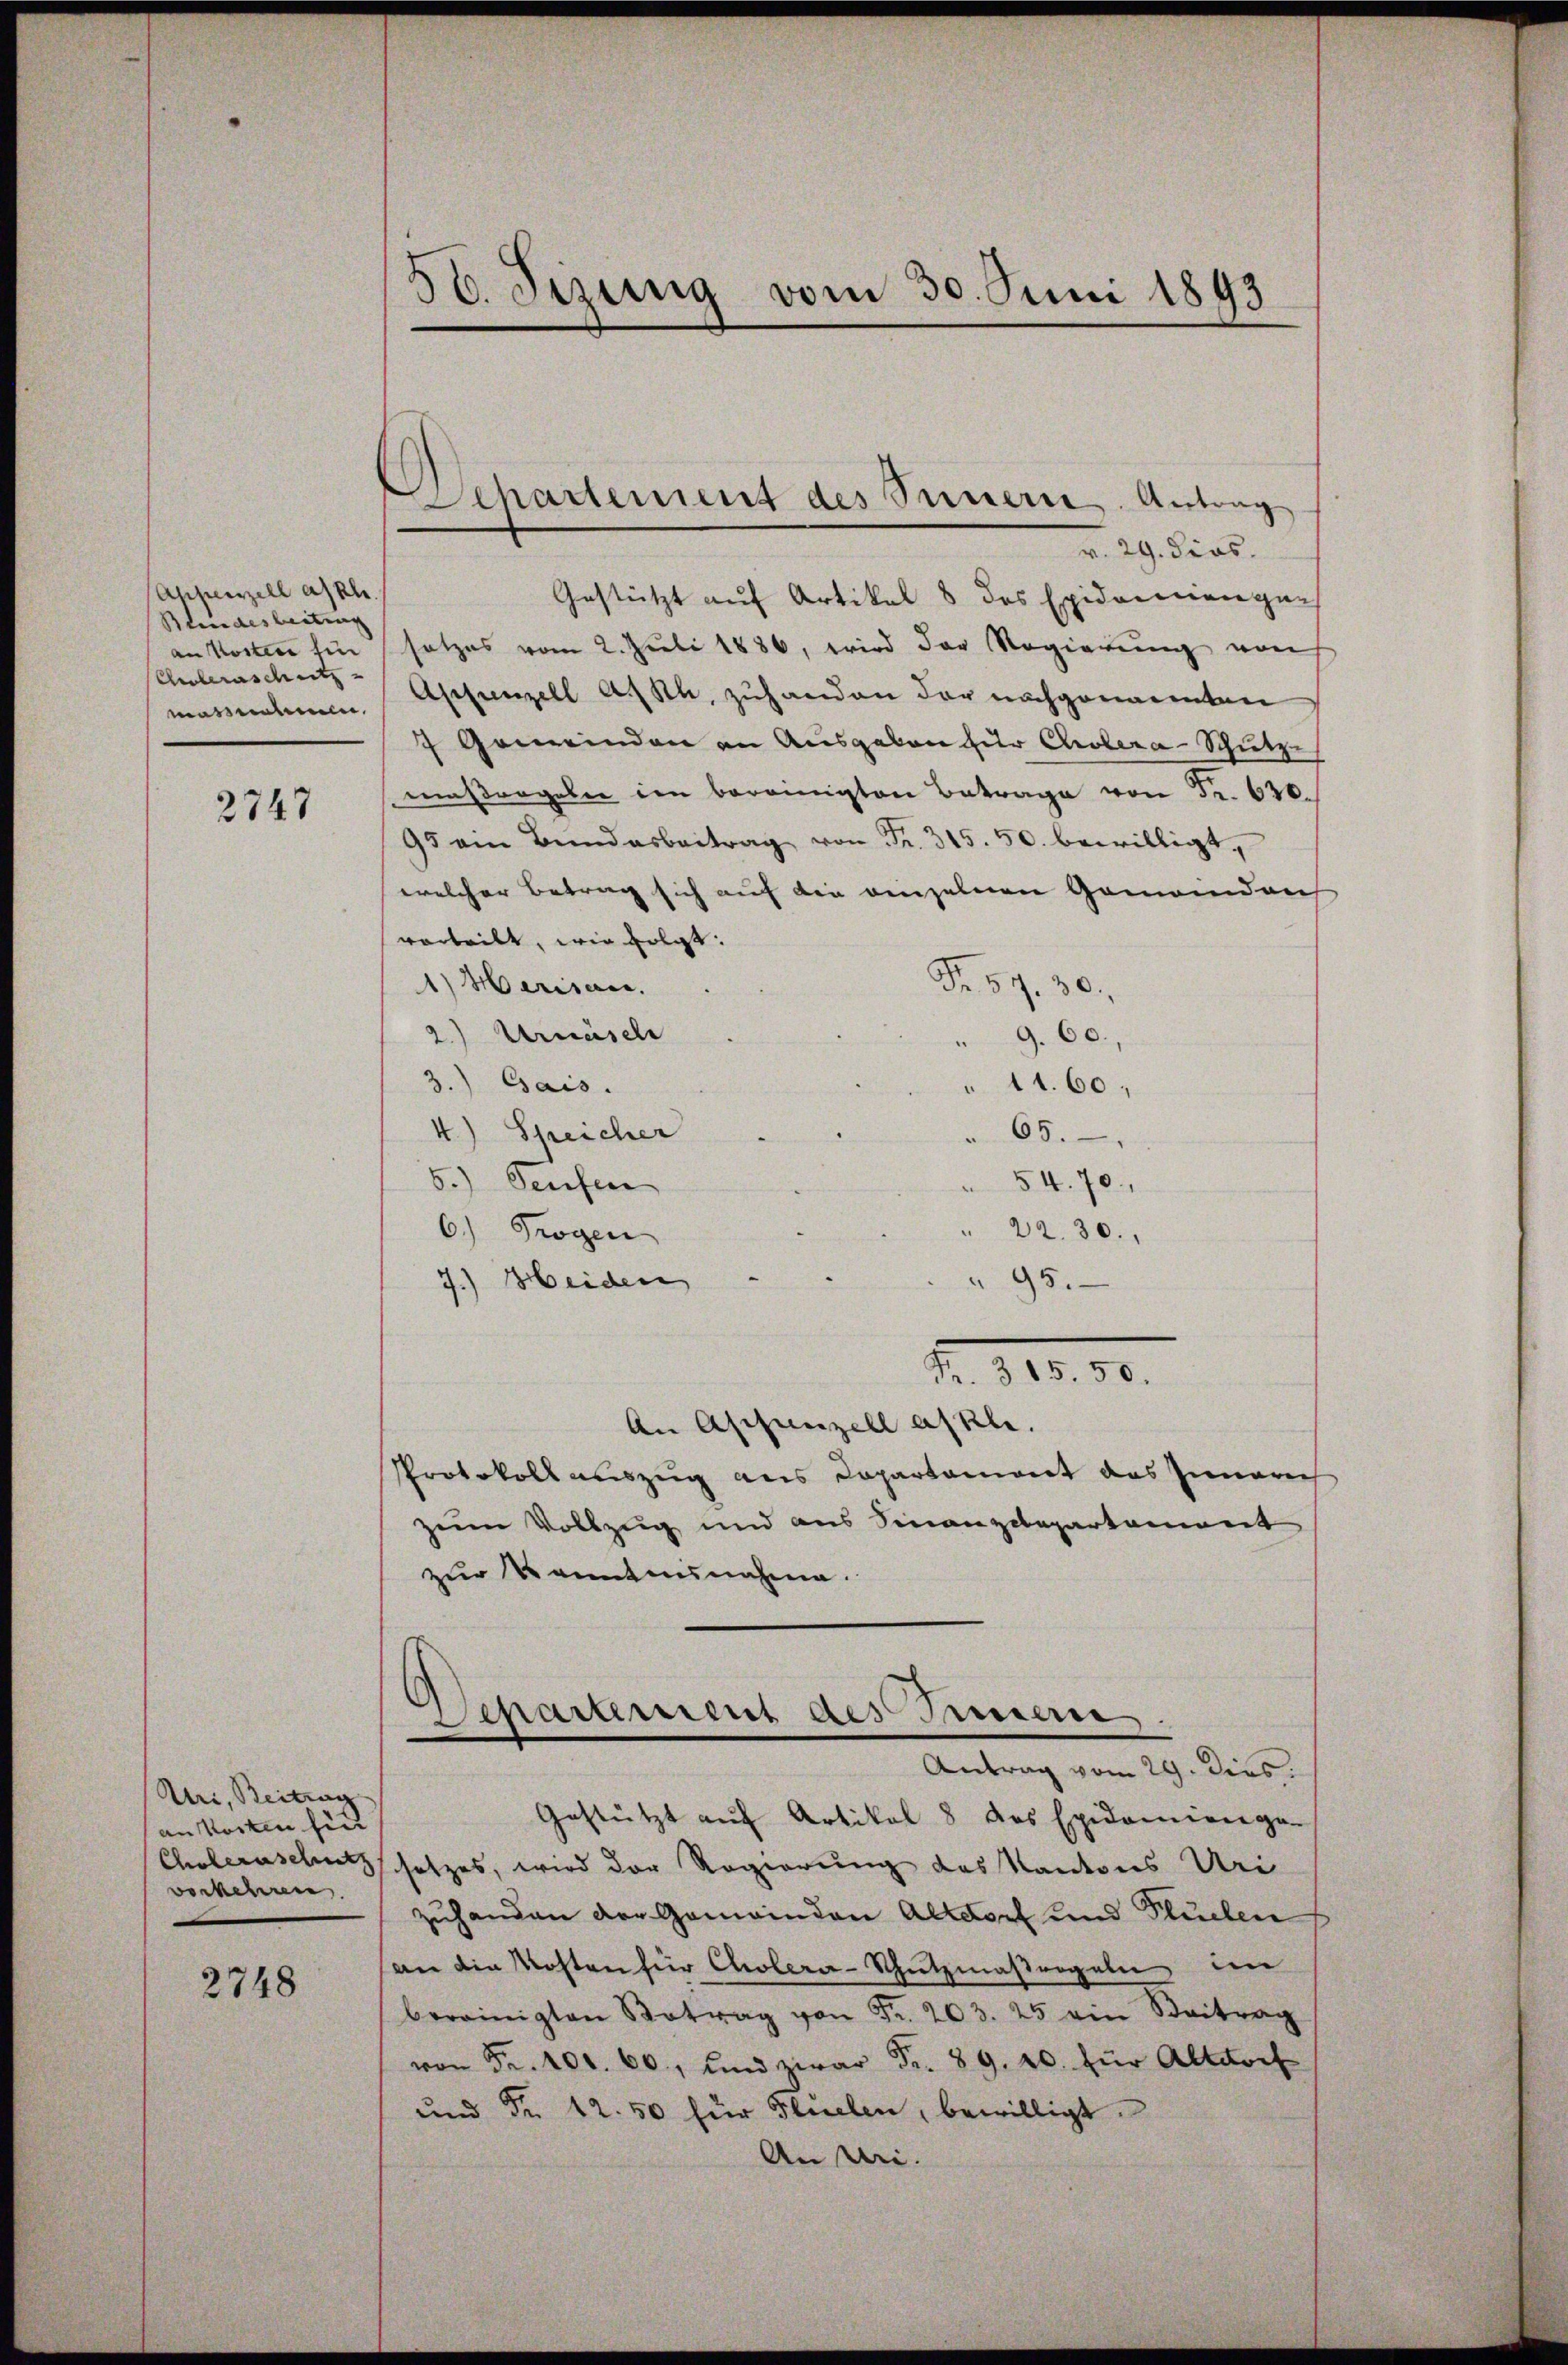
Appenzell a/Rh.
Blindesleitung
an Kosten fün
Coleraschutz
massnahmen.

2747

Uri, Beitrag
an Kosten hin
Choleraschutz
verkehren.

2748

56. Jezung vom 30. Juni 1893

Departement des Innern. Antrag

Gestützt auf Artikel 8 des Epidemienge-
setzes, wird der Regierung des Kantons Uri
zuhanden der Gemeinden Altdorf und Fluchen
an die Kosten für Cholera-Schutzmaßregeln in
bereinigten Betrag von Fr. 203. 25 ein Beitrag
von Fr. 101. 660, und zwar Fr. 89. 20. für Altdorf
und Fr. 12. 50 für Flüelen, bewilligt.
An Uri.

v. 29. dies
Gestützt auf Artikel 8 des Exidoneriengen
satzes vom 2. Juli 1886, wird der Regierŭng von
Appenzell A.Rh. zuhanden der nachgenannten
7 Gemeinden an Ausgaben zur Cholera-Schütze
maßregeler in bereinigten Betrage von Fr. 620.
95 am Bundesbeitrag von Fr. 315. 50. bewilligt,
welcher Betrag sich auf die einzelnen Gemeinden
vorteilt, wie folgt:
1) Marisan.
Fr. 57. 30.
2.) Urmüsch
9. 60.
3.) Gais.
 11. 60,
4.) Streicher
65.
5.) Seufen
54. 70.
6.) Trogen
22. 30.
7.) Heiden
" 95.
Fr. 315. 50.
An Appenzell askle.
Protokoll auszug aus Departament das Innerech
zum Vollzug und aus Finanzdepartement
zur Kenntnisnahme.

Separtement des Innern.
Antrag vom 29. Dies